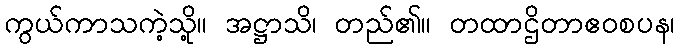
ကွယ်ကာသကဲ့သို့။ အဋ္ဌာသိ၊ တည်၏။ တထာဌိတာဧဝစပန၊